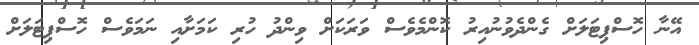
އޭނާ ހޮސްޕިޓަލަށް ގެންދެވުނުއިރު ކޮންމެވެސް ވަރަކަށް ވިންދު ހުރި ކަމަށާއި ނަމަވެސް ހޮސްޕިޓަލަށް